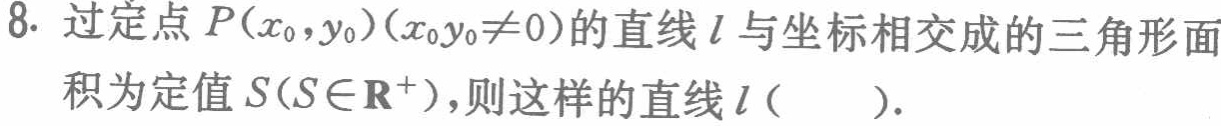
8. 过定点\(P(x_{0},y_{0})(x_{0}y_{0}\neq0)\)的直线\(l\)与坐标相交成的三角形面积为定值\(S(S\in\mathbf{R}^{+})\)，则这样的直线\(l\)（  ）.